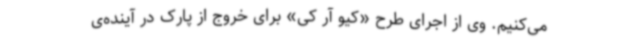
می‌کنیم. وی از اجرای طرح «کیو آر کی» برای خروج از پارک در آینده‌ی